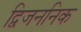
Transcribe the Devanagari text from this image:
द्विजननिक